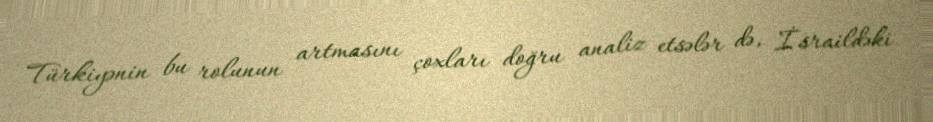
Türkiyənin bu rolunun artmasını çoxları doğru analiz etsələr də, İsraildəki